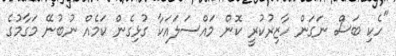
"ހެކި ބަސް ނަގަން ހާޒިރުކުރީ ކޮން މައްސަލައަކާ ގުޅިގެން ކަމެއް ނުބުނޭ މަގާމުގެ